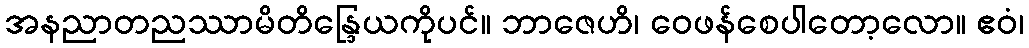
အနညာတညဿာမိတိန္ဒြေယကိုပင်။ ဘာဇေဟိ၊ ဝေဖန်စေပါတော့လော။ ဧဝံ၊